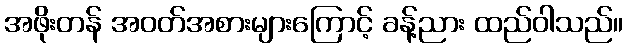
အဖိုးတန် အဝတ်အစားများကြောင့် ခန့်ညား ထည်ဝါသည်။